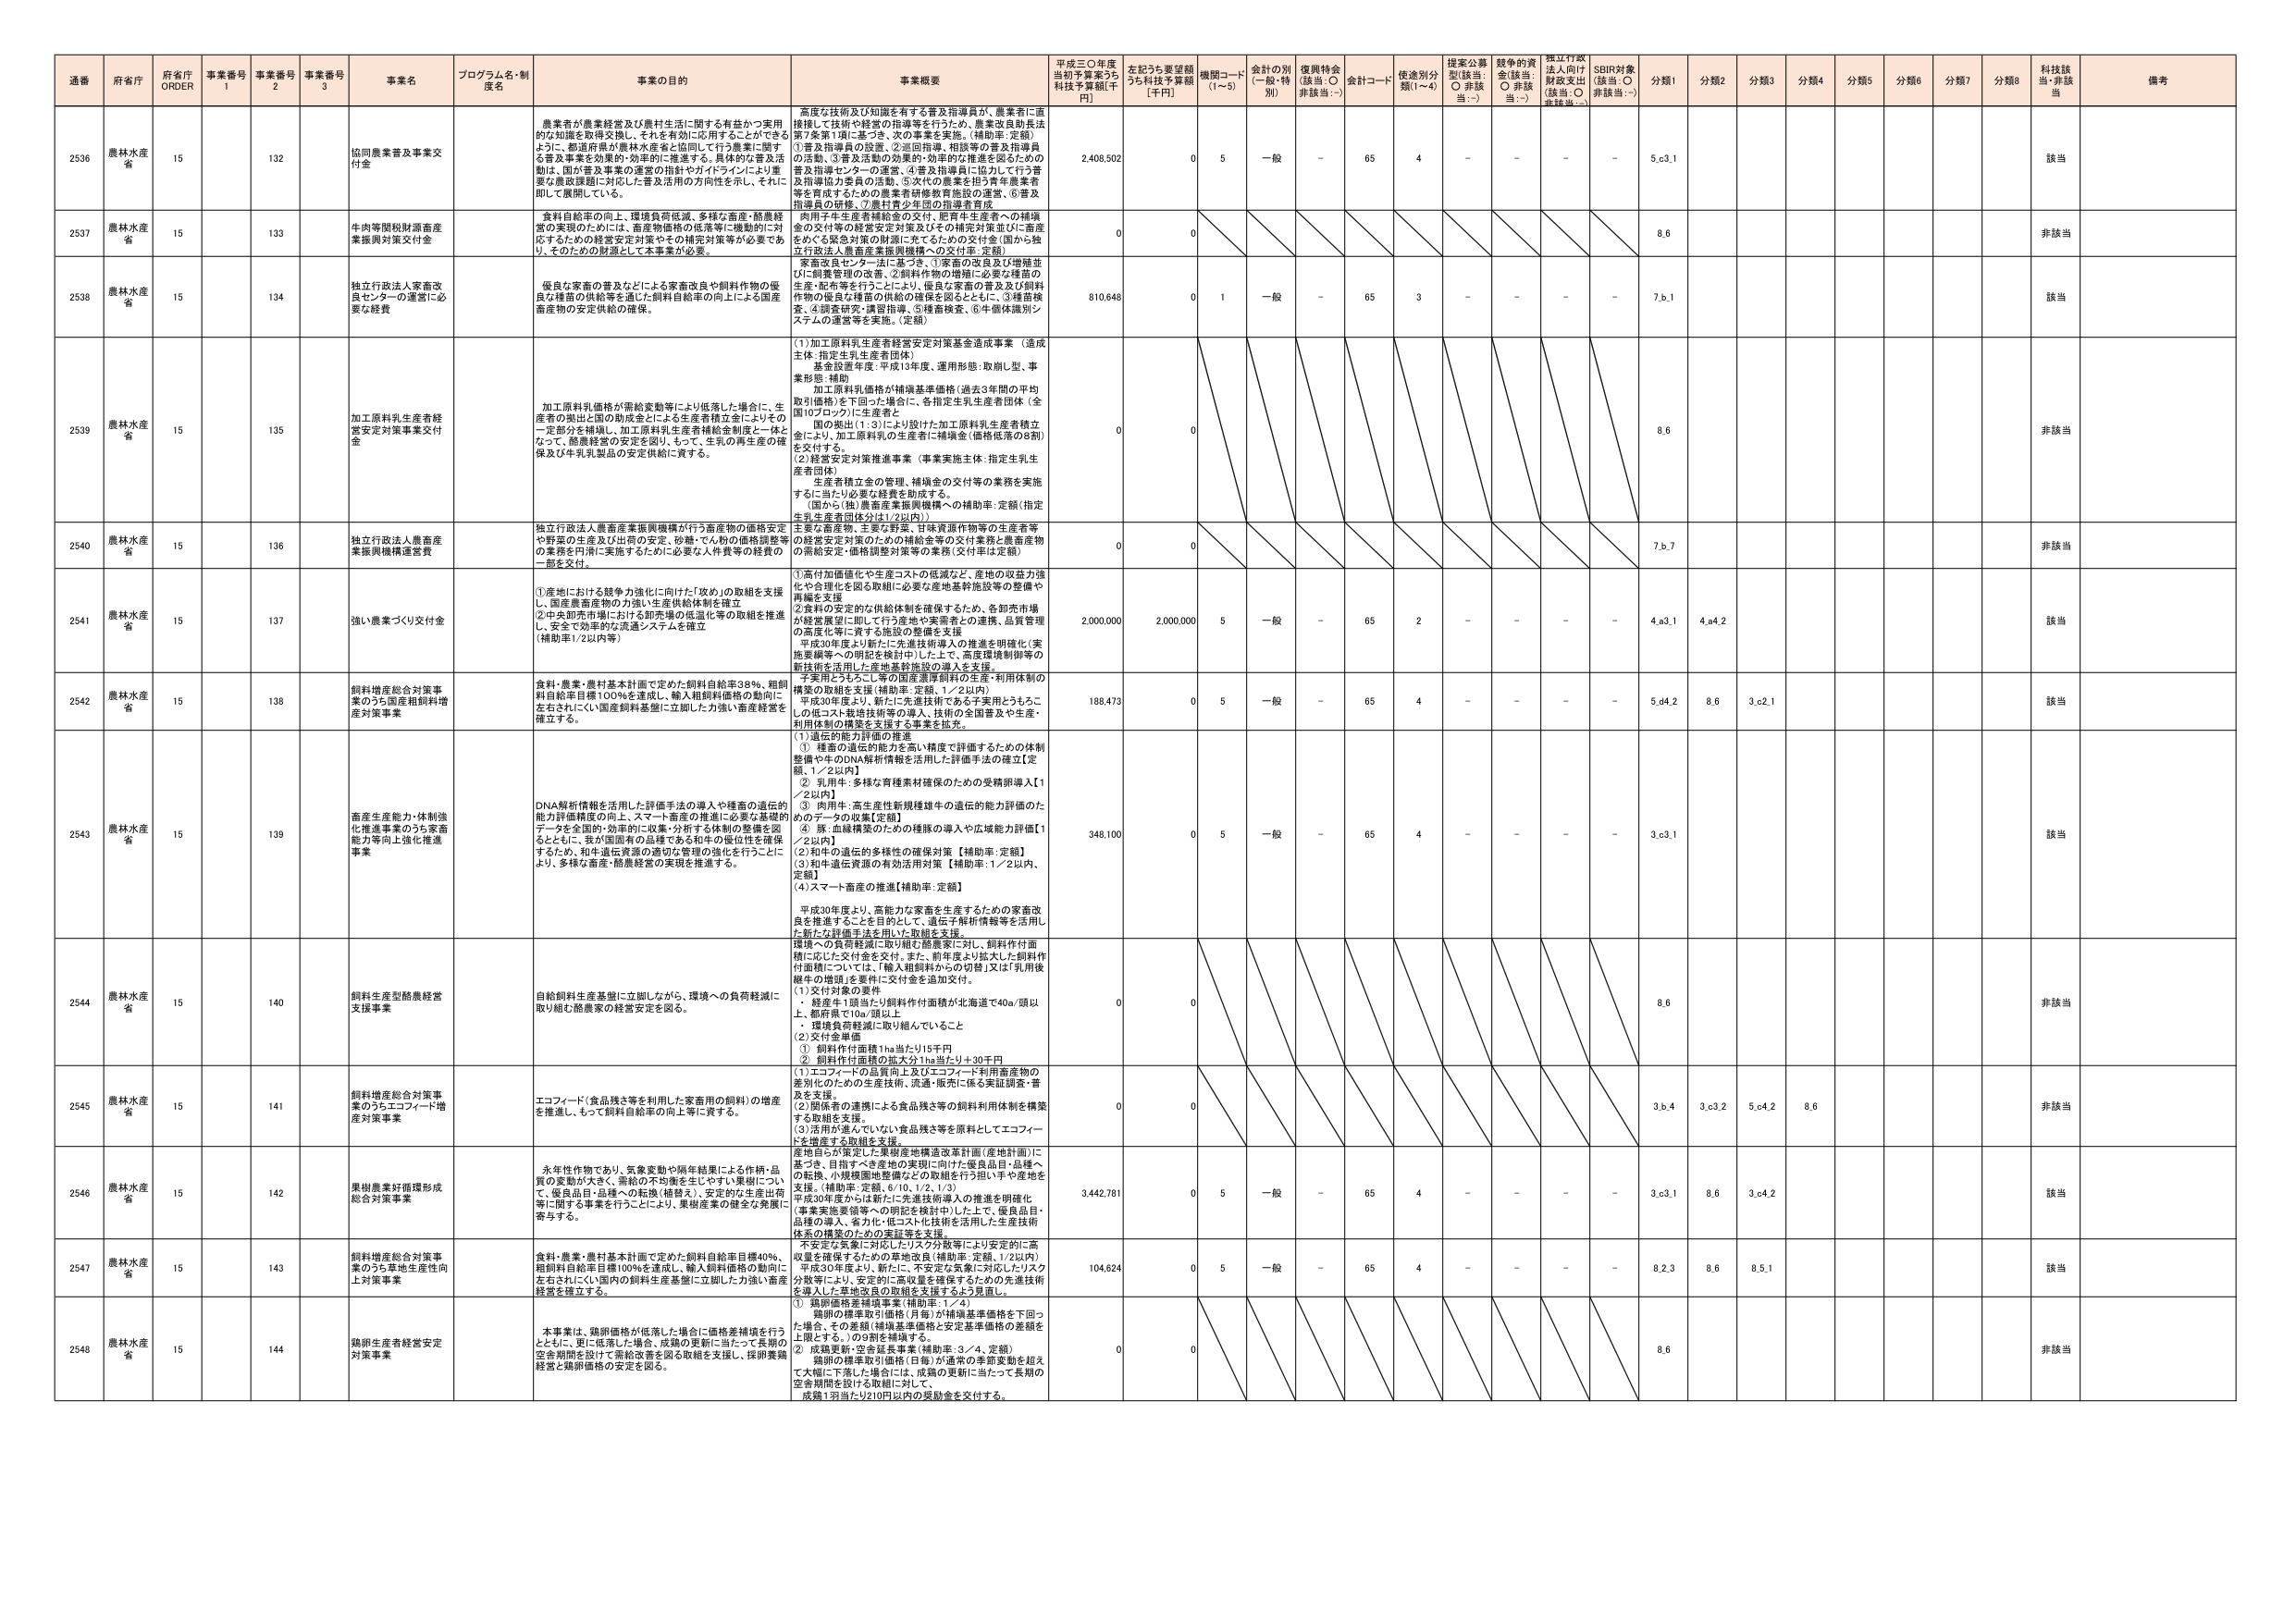
通番 府省庁 府省庁 ORDER 事業番号 1 事業番号 2 事業番号 3 事業名 プログラム名・制度名 事業の目的 事業概要 平成三〇年度当初予算案うち 科技予算額[千円] 左記うち要望額うち科技予算額 [千円] 機関コード (1～5) 会計の別 (一般・特別) 復興特会 (該当:○ 非該当:－) 会計コード 使途別分類(1～4) 提案公募型(該当:○ 非該当:－) 競争的資金(該当:○ 非該当:－) 指定行政法人向け財政支出(該当:○ 非該当:－) SDBR対象(該当:○ 非該当:－) 分類1 分類2 分類3 分類4 分類5 分類6 分類7 分類8 科技該当 非該当 備考

2536 農林水産省 15 132 協同農業普及事業交付金 農業者が農業経営及び農村生活に関する有益かつ実用的な知識を取得支援し、それを有効に応用することができるように、都道府県が農林水産省と協同して行う農業に関する普及事業を効果的・効率的に推進する。具体的な普及活動は、国が普及事業の運営の指針やガイドラインにより重要な農政課題に対応した普及活用の方向性を示し、それに即して展開している。 「高度な技術及び知識を有する普及指導員が、農業者に直接接して技術や経営の指導等を行うため、農業改良助長法第7条第1項に基づき、次の事業を実施。（補助率：定額）①普及指導員の配置、②巡回指導、相談等の普及指導員の活動、③普及活動の効果的・効率的な推進を図るための普及指導センターの運営、④普及指導員に協力して行う普及指導協力委員の活動、⑤次代の農業を担う青年農業者等を育成するための農業者研修教育施設の運営、⑥普及指導員の研修、⑦農村青少年の指導者育成 2,408,502 0 5 一般 - 65 4 - - - - 5,63,1 該当

2537 農林水産省 15 133 牛肉等関税財源畜産業振興対策交付金 食料自給率の向上、環境負荷低減、多様な畜産・酪農経営の実現のためには、畜産物価格の低落等に機動的に対応するための経営安定対策やその補完対策等が必要であり、そのための財源として本事業が必要。 肉用子牛生産者補給金の交付、肥育牛生産者への補填金の交付等の経営安定対策及びその補完対策並びに畜産をめぐる緊急対策の財源に充てるための交付金（国から独立行政法人農畜産業振興機構への交付金：定額） 0 0 8,6 非該当

2538 農林水産省 15 134 独立行政法人家畜改良センターの運営に必要な経費 優良な家畜の普及などによる家畜改良や飼料作物の優良な種苗の供給等を通じた飼料自給率の向上による国産畜産物の安定供給の確保。 家畜改良センター法に基づき、①家畜の改良及び増殖並びに飼養管理の改善、②飼料作物の増殖に必要な種苗の生産・配布等を行うことにより、優良な家畜の普及及び飼料作物の優良な種苗の供給の確保を図るとともに、③種苗検査、④調査研究・調査指導、⑤種苗検査、⑥牛個体識別システムの運営等を実施。（定額） 810,648 0 1 一般 - 65 3 - - - - 7,6,1 該当

2539 農林水産省 15 135 加工原料乳生産者経営安定対策事業交付金 加工原料乳価格が需給変動等により低落した場合に、生産者の損出と国の助成金による生産者補給金によりその一定部分を補填し、加工原料乳生産者補給金制度と一体となって、酪農経営の安定を図り、もって、生乳の再生産の確保及び牛乳製品の安定供給に資する。 （1）加工原料乳生産者経営安定対策基金造成事業（造成主体：指定生乳生産者団体） 基金設置年度：平成13年度、運用形態：取崩し型、事業形態：補助 加工原料乳価格が補填基準価格（過去3年間の平均取引価格）を下回った場合に、各指定生乳生産者団体（全国10ブロック）に生産者1頭の損出（1：3）により設けた加工原料乳生産者積立金により、加工原料乳の生産者に補填金（価格低落の8割）を交付する。 （2）経営安定対策推進事業（事業実施主体：指定生乳生産者団体） 生産者積立金の管理、補填金の交付等の業務を実施するに当たり必要な経費を助成する。 （国から（独）農畜産業振興機構への補助率：定額（指定生乳生産者団体分は1／2以内）） 0 0 8,6 非該当

2540 農林水産省 15 136 独立行政法人農畜産業振興機構運営費 独立行政法人農畜産業振興機構が行う畜産物の価格安定や野菜の生産及び出荷の安定、砂糖・でん粉の価格調整等の業務を円滑に実施するために必要な人件費等の経費の一部を交付。 主要な畜産物、主要な野菜、甘味資源作物等の生産者等の経営安定対策のための補給金等の交付業務と農畜産物の需給安定・価格調整対策等の業務（交付率は定額） 0 0 7,5,7 非該当

2541 農林水産省 15 137 強い農業づくり交付金 ①産地における競争力強化に向けた「攻め」の取組を支援し、国産農畜産物の力強い生産供給体制を確立 ②中央卸売市場における卸売場の低温化等の取組を推進し、安全で効率的な流通システムを確立 【補助率：1／2以内等】 ①高付加価値化や生産コストの低減など、産地の収益力強化や合理化を図る取組に必要な産地基幹施設等の整備や再編を支援 ②食料の安定的な供給体制を確保するため、各卸売市場が経営環境に即して行う産地や業者等との連携、品質管理の高度化等を資する施設の整備を支援 平成30年度より新たに先進技術導入の推進を明確化（実施要綱等への明記を検討中）した上で、高度環境制御等の新技術を活用した産地基幹施設の導入を支援。 2,000,000 2,000,000 5 一般 - 65 2 - - - - 4,a3,1 4,a4,2 該当

2542 農林水産省 15 138 飼料増産総合対策事業のうち国産粗飼料増産対策事業 食料・農業・農村基本計画で定めた飼料自給率38％、粗飼料自給率目標100％を達成し、輸入粗飼料価格の動向に左右されにくい国産飼料基盤に立脚した力強い畜産経営を確立する。 予算化された5～6号の国産基準飼料の生産・利用体制の構築の取組を支援【補助率：定額、1／2以内】 平成30年度より、新たに先進技術である子実用とうもろこしの低コスト栽培技術等の導入、技術の全国普及や生産・利用体制の構築を支援する事業を拡充。 188,473 0 5 一般 - 65 4 - - - - 5,d4,2 8,6 3,c2,1 該当

2543 農林水産省 15 139 畜産生産能力・体制強化推進事業のうち家畜能力等向上強化推進事業 DNA解析情報を活用した評価手法の導入や種畜の遺伝的能力評価精度の向上、スマート畜産の推進に必要な基礎的データを全国的・効率的に収集・分析する体制の整備を図るとともに、我が国固有の品種である和牛の優位性を確保するため、和牛遺伝資源の適切な管理の強化を行うことにより、多様な畜産・酪農経営の実現を推進する。 （1）遺伝的能力評価の推進 ① 種畜の遺伝的能力を高い精度で評価するための体制整備やDNA解析情報を活用した評価手法の確立【定額、1／2以内】 ② 乳牛：多様な育種素材確保のための受精卵導入【1／2以内】 ③ 肉用牛：高生産性新種種雄牛の遺伝的能力評価のためのデータの収集【定額】 ④ 豚：血液精液のための種豚の導入や広域能力評価【1／2以内】 （2）和牛の遺伝的多様性の確保対策 【補助率：定額】 （3）和牛遺伝資源の有効活用対策 【補助率：1／2以内、定額】 （4）スマート畜産の推進【補助率：定額】 平成30年度より、高能力な家畜を生産するための家畜改良を推進することを目的として、遺伝子解析情報等を活用した新たな評価手法を用いた取組を支援。 348,100 0 5 一般 - 65 4 - - - - 3,63,1 該当

2544 農林水産省 15 140 飼料生産型酪農経営支援事業 自給飼料生産基盤に立脚しながら、環境への負荷軽減に取り組む酪農家の経営安定を図る。 環境への負荷軽減に取り組む酪農家に対し、飼料作付面積に応じた交付金を交付。また、前年度より拡大した飼料作付面積については、「輸入粗飼料からの切替」又は「乳用後継牛の増頭」を要件に交付金を追加交付。 （1）交付対象の要件 • 経産牛1頭当たり飼料作付面積が北海道で40a・頭以上、都府県で10a・頭以上 • 環境負荷軽減に取り組んでいること （2）交付金単価 ① 飼料作付面積1ha当たり15千円 ② 飼料作付面積の拡大分1ha当たり＋30千円 0 0 8,6 非該当

2545 農林水産省 15 141 飼料増産総合対策事業のうちエコフィード増産対策事業 エコフィード（食品残さ等を利用した家畜用の飼料）の増産を推進し、もって飼料自給率の向上等に資する。 （1）エコフィードの品質向上及びエコフィード利用畜産物の差別化のための生産技術、流通・販売に係る実証調査・普及を支援。 （2）関係者の連携による食品残さ等の飼料利用体制を構築する取組を支援。 （3）活用が進んでいない食品残さ等を原料としてエコフィードを増産する取組を支援。 0 0 3,6,4 3,c3,2 5,c4,2 8,6 非該当

2546 農林水産省 15 142 果樹農業好循環形成総合対策事業 永年性作物であり、気象変動や隔年結果による作柄・品質の変動が大きく、需給の不均衡を生じやすい果樹について、優良品目（品種）の普及、安定的な生産出荷等に関する事業を行うことにより、果樹産業の健全な発展に寄与する。 産地自らが策定した果樹産地構造改革計画（産地計画）に基づき、目指すべき産地の実現に向けた優良品目・品種への転換、小規模園地整備などの取組を行う担い手や産地を支援。（補助率：定額、6/10、1/2、1/3） 平成30年度からは新たに先進技術導入の推進を明確化（事業実施要綱等への明記を検討中）した上で、優良品目品種の導入、省力化・低コスト化技術を活用した生産技術体系の構築のための実証等を支援。 3,442,781 0 5 一般 - 65 4 - - - - 3,63,1 8,6 3,c4,2 該当

2547 農林水産省 15 143 飼料増産総合対策事業のうち草地生産性向上対策事業 食料・農業・農村基本計画で定めた飼料自給率目標40％、粗飼料自給率目標100％を達成し、輸入飼料価格の動向に左右されにくい国内の飼料生産基盤に立脚した力強い畜産経営を確立する。 不安定な気象に対応したリスク分散等により安定的に高収量を確保するための草地改良（補助率：定額、1／2以内） 平成30年度より、新たに、不安定な気象に対応したリスク分散等により、安定的に高収量を確保するための先進技術を導入した草地改良の取組を支援するよう見直し。 104,824 0 5 一般 - 65 4 - - - - 8,2,3 8,6 8,5,1 該当

2548 農林水産省 15 144 鶏卵生産者経営安定対策事業 本事業は、鶏卵価格が低落した場合に価格差補填を行うとともに、更に低落した場合、成鶏の更新に当たって長期の空き期間を設けて再起政策を図る取組を支援し、鶏卵養鶏経営と鶏卵価格の安定を図る。 ① 鶏卵価格差補填事業（補助率：1／4） 鶏卵の標準取引価格（月単）が補填基準価格を下回った場合、その差額（補填基準価格と安定基準価格の差額を上限とする。）の9割を補填する。 ② 成鶏更新・空き延長事業（補助率：3／4、定額） 鶏卵の標準取引価格（日単）が通常の季節変動を超えて大幅に下落した場合は、成鶏の更新に当たって長期の空き期間を設ける取組に対して、 成鶏1羽当たり210円以内の奨励金を交付する。 0 0 8,6 非該当